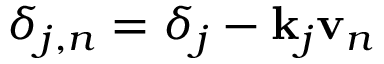
\delta _ { j , n } = \delta _ { j } - \mathbf { k } _ { j } \mathbf { v } _ { n }